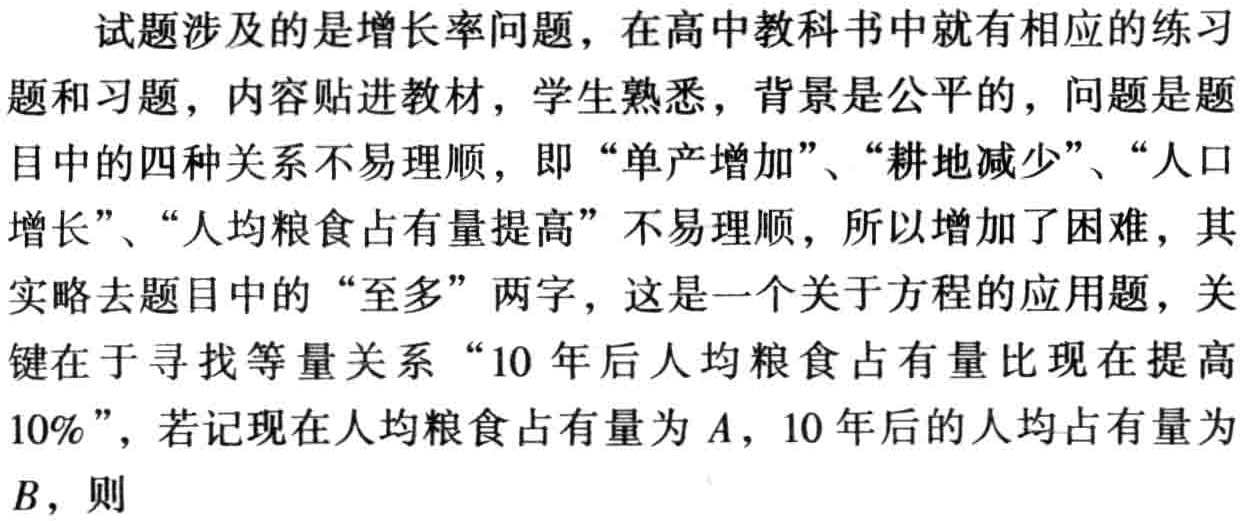
试题涉及的是增长率问题，在高中教科书中就有相应的练习题和习题，内容贴进教材，学生熟悉，背景是公平的，问题是题目中的四种关系不易理顺，即“单产增加”、“耕地减少”、“人口增长”、“人均粮食占有量提高”不易理顺，所以增加了困难，其实略去题目中的“至多”两字，这是一个关于方程的应用题，关键在于寻找等量关系“10 年后人均粮食占有量比现在提高10%”，若记现在人均粮食占有量为\(A\)，10年后的人均占有量为\(B\)，则